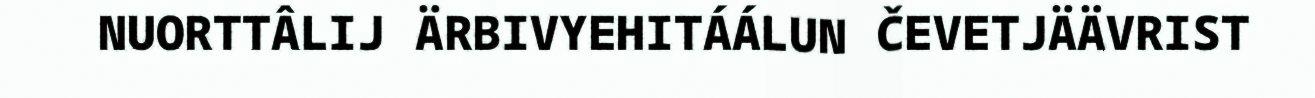
NUORTTÂLIJ ÄRBIVYEHITÁÁLUN ČEVETJÄÄVRIST